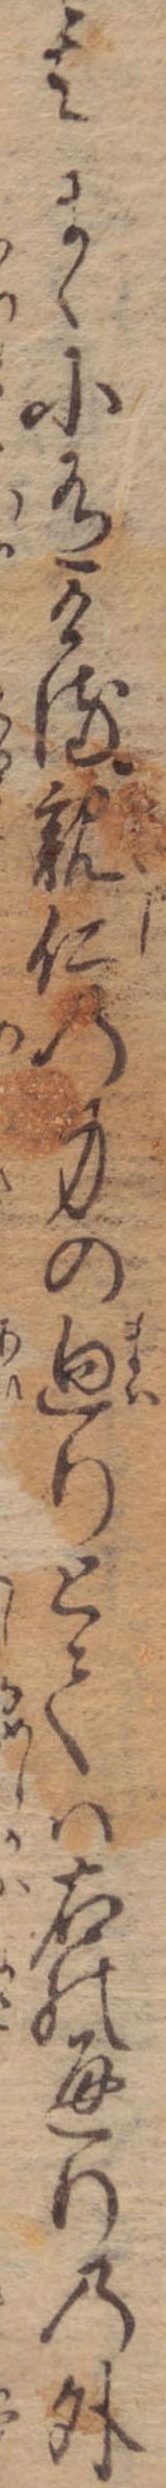
其まゝに有ける親仁の身の廻りとては右の通りの外